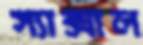
স্যাক্সাল